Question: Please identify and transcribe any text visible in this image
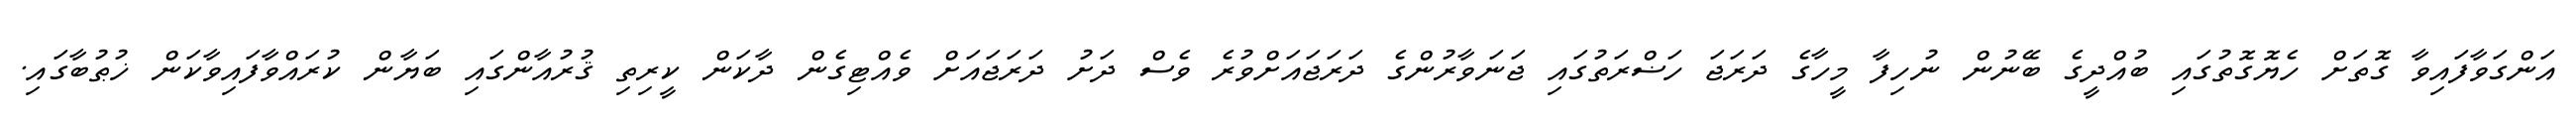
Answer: އަންގަވާފައިވާ ގޮތަށް ހެޔޮގޮތުގައި ބުއްދީގެ ބޭނުން ނުހިފާ މީހާގެ ދަރަޖަ ހަޟްރަތުގައި ޖަނަވާރުންގެ ދަރަޖައަށްވުރެ ވެސް ދަށު ދަރަޖައަށް ވެއްޓިގެން ދާކަން ކީރިތި ޤުރުއާންގައި ބަޔާން ކުރައްވާފައިވާކަން ޚުޠުބާގައި.